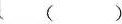
___（ ）